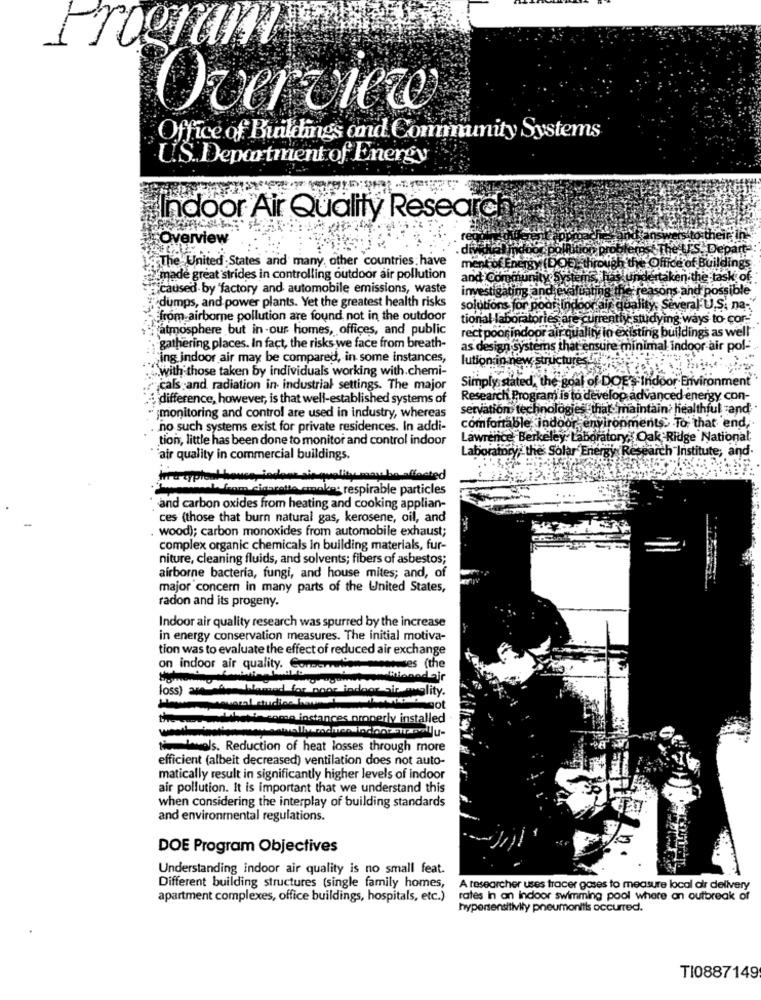
Program
Overview
Office of Buildings cod Community Systems
U.S. Department of Energy
indoor Air Quality Research
Overview
La The United States and many, other countries : have
EnErs
Ermade great strides in controlling outdoor air pollution
and Coman
¿of
"caused by "factory and automobile emissions, waste
investigating and
ossible
dumps, and power plants. Yet the greatest health risks
solutions for poor indoor
JS; na-
from airborne pollution are found, not in the outdoor
tional-laboratories are curre
ntly studym
ays to cor-
fatmosphere but in -our homes, offices, and public
rect poor indoor air quality in existing buildings as well
gathering places. In fact, the risks we face from breath-
as design systems that ensure mir
pol-
ing indoor air may be compared, in some instances,
lution in new structures ts
.with those taken by individuals working with.chemi-
Simply stated, the goal of DOE's Indoor Environment
cals and radiation in industrial settings. The major
:difference, however, is that well-established systems of
Research Program is to develop a
Ivanced energy con-
servation technologies that maintain
healt
ful and
monitoring and control are used in industry, whereas
no such systems exist for private residences. In addi-
comfortable, indoor, environments> To that end,
tion, little has been done to monitor and control indoor
Lawrence Berkeley Laboratory, Oak Ridge National
Laboratory; the Solar Energy RE
ich Institute; and.
air quality in commercial buildings.
ra zyph
may be affected
cigarette cmakes respirable particles
and carbon oxides from heating and cooking applian-
ces (those that burn natural gas, kerosene, oil, and
. wood); carbon monoxides from automobile exhaust;
complex organic chemicals in building materials, fur-
niture, cleaning fluids, and solvents; fibers of asbestos;
airborne bacteria, fungi, and house mites; and, of
major concern in many parts of the United States,
radon and its progeny.
Indoor air quality research was spurred by the increase
in energy conservation measures. The initial motiva-
tion was to evaluate the effect of reduced air exchange
on indoor air quality. Corporupees
wwwses (the
cionadajr
loss) whenWemed for noor indoor air auglity.
got
some instances properly installed
Levels. Reduction of heat losses through more
efficient (albeit decreased) ventilation does not auto-
matically result in significantly higher levels of indoor
air pollution. It is important that we understand this
when considering the interplay of building standards
and environmental regulations.
DOE Program Objectives
Understanding indoor air quality is no small feat.
Different building structures (single family homes, A researcher uses tracer gases to measure local dir delivery
apartment complexes, office buildings, hospitals, etc.)
rates in an indoor swimming pool where an outbreak of
hypersensitivity pneumonitis occurred.
TI0887149